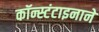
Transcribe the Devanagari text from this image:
कॉन्स्टंटाइनाने